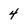
Character: 4